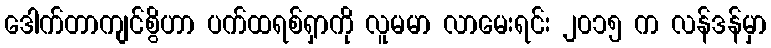
ဒေါက်တာကျင်စွိဟာ ပက်ထရစ်ရှာကို လူမမာ လာမေးရင်း ၂၀၁၅ က လန်ဒန်မှာ